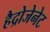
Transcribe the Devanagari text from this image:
हैद्रोजेनेट